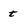
Character: t